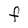
Character: F